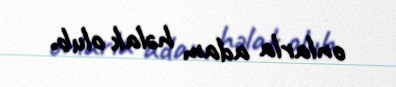
onlarla adam həlak olub.